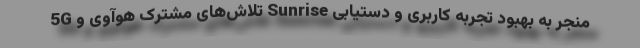
5G تلاش‌های مشترک هوآوی و Sunrise منجر به بهبود تجربه کاربری و دستیابی